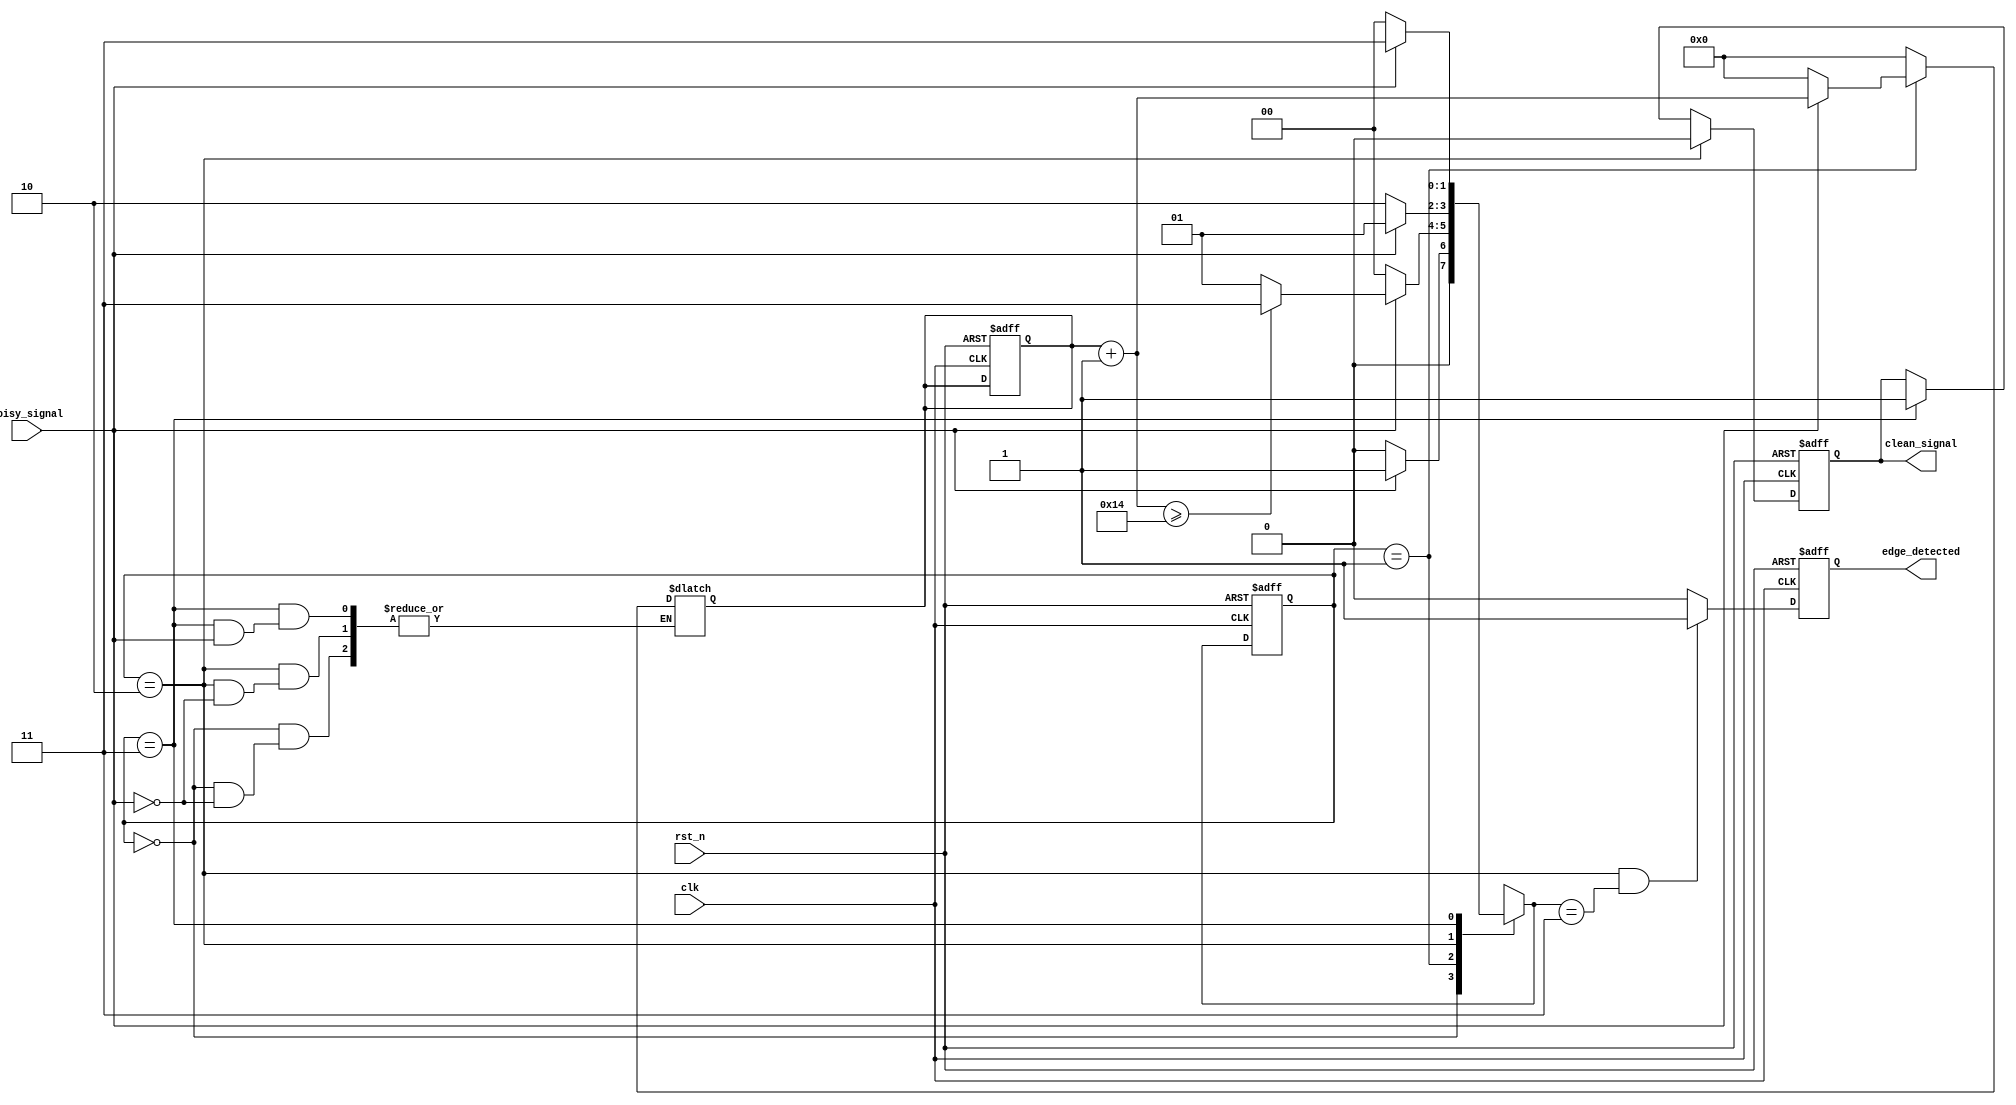
module DebouncedEdgeDetector (
    input wire clk,                // Clock input
    input wire rst_n,              // Active low reset
    input wire noisy_signal,       // Noisy input signal
    output reg clean_signal,        // Debounced output signal
    output reg edge_detected        // Edge detected signal (1 for rising edge, 0 for falling edge)
);

    // Parameters
    parameter DEBOUNCE_TIME = 20;  // Number of clock cycles for debounce time
    reg [1:0] state;                // Current state of the input signal
    reg [1:0] next_state;           // Next state of the input signal
    reg [4:0] debounce_counter;      // Counter for debounce timing

    // State encoding
    localparam LOW = 2'b00;
    localparam HIGH = 2'b01;
    localparam STABLE_LOW = 2'b10;
    localparam STABLE_HIGH = 2'b11;

    // State transition logic
    always @(posedge clk or negedge rst_n) begin
        if (!rst_n) begin
            state <= LOW;
            clean_signal <= 0;
            edge_detected <= 0;
            debounce_counter <= 0;
        end else begin
            state <= next_state;
            // Update clean_signal only when stable
            if (state == STABLE_LOW) begin
                clean_signal <= 0;
            end else if (state == STABLE_HIGH) begin
                clean_signal <= 1;
            end
            
            // Edge detection logic
            if (state == STABLE_LOW && next_state == STABLE_HIGH) begin
                edge_detected <= 1; // Rising edge detected
            end else if (state == STABLE_HIGH && next_state == STABLE_LOW) begin
                edge_detected <= 0; // Falling edge detected
            end else begin
                edge_detected <= 0; // No edge detected
            end
        end
    end

    // Next state logic
    always @(*) begin
        case (state)
            LOW: begin
                if (noisy_signal) begin
                    debounce_counter = 0;
                    next_state = HIGH;
                end else begin
                    next_state = LOW;
                end
            end
            HIGH: begin
                if (!noisy_signal) begin
                    debounce_counter = 0;
                    next_state = LOW;
                end else begin
                    debounce_counter = debounce_counter + 1;
                    if (debounce_counter >= DEBOUNCE_TIME) begin
                        next_state = STABLE_HIGH;
                    end else begin
                        next_state = HIGH;
                    end
                end
            end
            STABLE_LOW: begin
                if (noisy_signal) begin
                    debounce_counter = 0;
                    next_state = HIGH;
                end else begin
                    next_state = STABLE_LOW;
                end
            end
            STABLE_HIGH: begin
                if (!noisy_signal) begin
                    debounce_counter = 0;
                    next_state = LOW;
                end else begin
                    next_state = STABLE_HIGH;
                end
            end
            default: next_state = LOW; // Default state
        endcase
    end

endmodule